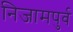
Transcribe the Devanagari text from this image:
निजामपुर्व